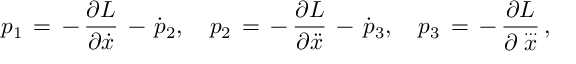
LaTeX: p _ { 1 } \, = \, - \, \frac { \partial L } { \partial \dot { x } } \, - \, \dot { p } _ { 2 } , \quad p _ { 2 } \, = \, - \, \frac { \partial L } { \partial \ddot { x } } \, - \, \dot { p } _ { 3 } , \quad p _ { 3 } \, = \, - \, \frac { \partial L } { \partial \stackrel { \ldots } { x } } \, { , }